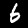
Label: 6